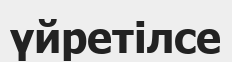
үйретілсе